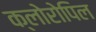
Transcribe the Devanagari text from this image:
क्लोरोपिल